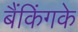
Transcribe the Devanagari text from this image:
बैंकिंगके